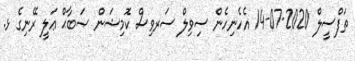
ތަފްސީލް 2020-07-14 އެހެނިހެން ސިވިލް ސަރވިސް ކޮމިޝަން ޞަބާޙް ޢަލީ ރޭނިގެ ޅ.